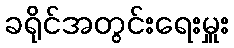
ခရိုင်အတွင်းရေးမှူး